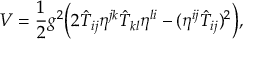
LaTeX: V = \frac { 1 } { 2 } g ^ { 2 } \Bigr ( 2 \hat { T } _ { i j } \eta ^ { j k } \hat { T } _ { k l } \eta ^ { l i } - ( \eta ^ { i j } \hat { T } _ { i j } ) ^ { 2 } \Bigr ) ,